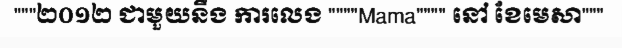
"""២០១២ ជាមួយនឹង ការលេង """"Mama"""" នៅ ខែមេសា"""